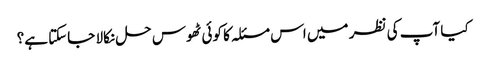
کیا آپ کی نظر میں اس مسئلہ کا کوئی ٹھوس حل نکالا جاسکتا ہے؟